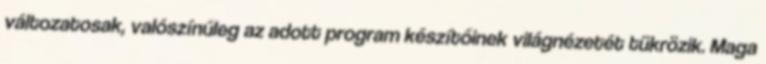
változatosak, valószínűleg az adott program készítőinek világnézetét tükrözik. Maga